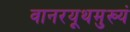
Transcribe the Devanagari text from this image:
वानरयूथमुख्यं